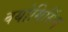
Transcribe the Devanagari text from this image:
वयोमिसिंग